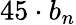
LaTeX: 45\cdot b_{n}